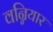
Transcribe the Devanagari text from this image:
वन्नियार